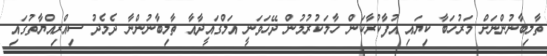
ތާލިބާނުންނަށް މަރުހަބާ ކިޔައި އުފާކުރާކަން ހާމަކުރުމުން ދޭހަަވަނީ އަލްގައީދާއާ ތާލިބާނުންނާ ދެމެދު ސިއްރިއްޔާތުގައި